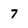
Character: 7